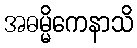
အဓမ္မိကေနာသိ